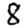
Digit: 8